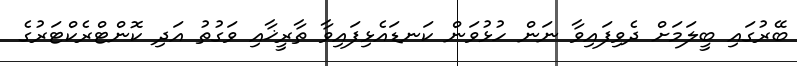
ބޭރުގައި ބީލަމަށް ދެވިފައިވާ ނަން ހުޅުވަން ކަނޑައެޅިފައިވާ ތާރީޚާއި ވަގުތު އަދި ކޮންޓްރެކްޓަރުގެ